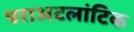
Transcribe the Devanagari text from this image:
पराअटलांटिक